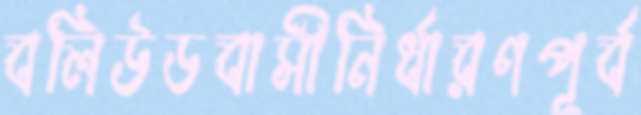
বলিউডবাসীনির্ধারণপূর্ব